Lunatic asylums in Bengal annual reports 1888-1898 - 1888-1898
Year: 1888
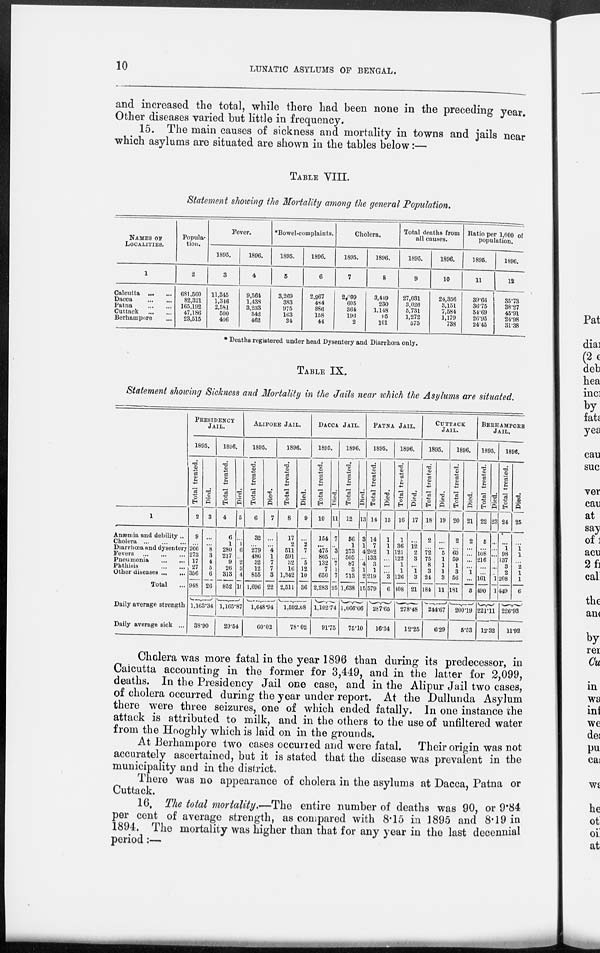
10
LUNATIC ASYLUMS OF BENGAL.
and increased the total, while there had been none in the preceding year.
Other diseases varied but little in frequency.
15. The main causes of sickness and mortality in towns and jails near
which asylums are situated are shown in the tables below:—
TABLE VIII.
Statement showing the Mortality among the general Population.
NAMES OF
LOCALITIES.
1
Calcutta
... ...
Dacca
... ...
Patna
...
...
Cuttack ... ...
Berhampore ...
Popula-
tion.
2
681.560
82,321
165,192
47,186
23,515
Fever.
1895.
3
11,345
1,346
2,581
500
406
1896.
4
9,564
1,438
3,233
542
462
*Bowel-complaints.
1895.
5
3,269
383
975
163
34
1896.
6
2,967
484
886
158
44
Cholera.
1895.
7
2,099
605
364
196
2
1896.
8
3,449
230
1,148
95
101
Total deaths from
all causes.
1895.
9
27,031
3,026
5,731
1,272
575
1896.
10
24,356
3,151
7,584
1,179
738
Ratio per 1,000 of
population.
1895.
11
39.66
36.75
34.69
26.95
24.45
1896.
12
35.73
38.27
45.91
24.98
31.38
* Deaths registered under head Dysentery and Diarrhœa only.
TABLE IX.
Statement showing Sickness and Mortality in the Jails near which the Asylums are situated.
1
Anæmia and debility ..
Cholera
... ... ...
Diarrhœa and dysentery
Fevers
... ... ...
Pneumonia
...
...
Phthisis
...
...
Other diseases ... ...
Total ...
Daily average strength
Daily average sick ...
PRESIDENCY
JAIL.
1895.
Total treated.
2
9
...
266
273
17
27
356
948
Died.
3
...
...
8
3
4
5
6
26
1,163.34
38.90
1896.
Total treated.
4
6
1
280
217
9
26
313
852
Died.
5
...
1
6
...
2
3 4
16
1,165.87
29.54
ALIPORE JAIL.
1895.
Total treated.
6
32
...
279
486
32
12
855
1,696
Died.
7
...
...
4
1
7
7
3
22
1,648.94
60.02
1896.
Total treated.
8
17
2
511
591
32
16
1,342
2,511
Died.
9
...
2
7
...
5
12
10
36
1,592.08
78.02
DACCA JAIL.
1895.
Total treated.
10
154
...
475
865
132
7
650
2,283
Died.
11
7
...
3
...
7
1
7
25
1,102.74
91.75
1896.
Total treated.
12
56
1
273
505
87
3
713
1,638
Died.
13
3
1
4
...
4
1
2
15
1,066.06
75.10
PATNA JAIL.
1895.
Total treated.
14
14
7
202
133
3
1
219
579
Died.
15
1
1
1
...
...
...
3
6
287.65
16.34
1896.
Total treated.
16
1
36
121
122
1
1
126
408
Died.
17
...
12
2
3
...
1
3
21
278.48
12.25
CUTTACK
JAIL.
1895.
Total treated.
18
2
...
72
75
8
3
24
184
Died.
19
...
...
5
1
1
1
3
11
244.67
6.29
1896.
Total treated.
20
2
...
60
59
1
3
56
181
Died.
21
2
...
...
...
...
1
...
3
200.19
5.53
BERHAMPORE
JAIL.
1895.
Total treated.
22
5
...
108
216
...
...
161
490
Died.
23
...
...
...
...
...
...
1
1
221.11
12.32
1896.
Total treated.
24
...
1
98
137
3
2
208
449
Died.
25
...
1
1
...
2
1
1
6
226.93
11.92
Cholera was more fatal in the year 1896 than during its predecessor, in
Calcutta accounting in the former for 3,449, and in the latter for 2,099,
deaths. In the Presidency Jail one case, and in the Alipur Jail two cases,
of cholera occurred during the year under report. At the Dullunda Asylum
there were three seizures, one of which ended fatally. In one instance the
attack is attributed to milk, and in the others to the use of unfiltered water
from the Hooghly which is laid on in the grounds.
At Berhampore two cases occurred and were fatal. Their origin was not
accurately ascertained, but it is stated that the disease was prevalent in the
municipality and in the district.
There was no appearance of cholera in the asylums at Dacca, Patna or
Cuttack.
16. The total mortality.—The entire number of deaths was 90, or 9.84
per cent of average strength, as compared with 8.15 in 1895 and 8.19 in
1894. The mortality was higher than that for any year in the last decennial
period :—